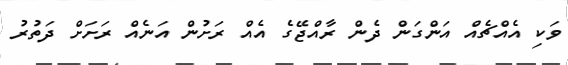
ވަކި އެއްޗެއް އަންގަން ދެން ރާއްޖޭގެ އެއް ރަށުން އަނެއް ރަށަށް ދަތުރު